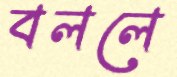
বললে